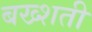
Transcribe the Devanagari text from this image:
बख्शती